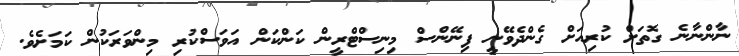
ނާންނާނެ ގޮތަށް ކުރިއަށް ގެންދެވޭނީ ފިނޭންސް މިނިސްޓްރީން ކަންކަން އަވަސްކުރި މިންވަރަކުން ކަމަށެވެ.